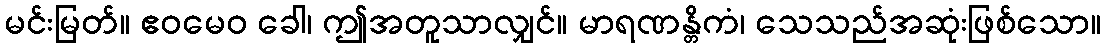
မင်းမြတ်။ ဧဝမေဝ ခေါ၊ ဤအတူသာလျှင်။ မာရဏန္တိကံ၊ သေသည်အဆုံးဖြစ်သော။